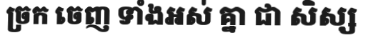
ច្រក ចេញ ទាំងអស់ គ្នា ជា សិស្ស